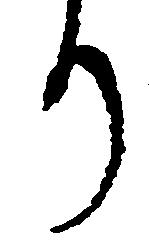
り